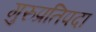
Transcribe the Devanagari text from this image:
गुरुप्रतिपदा